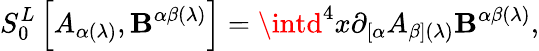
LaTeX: S_{0}^{L}\left[A_{\alpha(\lambda)},\mathbf{B}^{\alpha\beta(\lambda)}\right]=\intd^{4}x\partial_{\left[\alpha\right.}A_{\left.\beta\right](\lambda)}\mathbf{B}^{\alpha\beta(\lambda)},